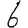
Digit: 6